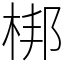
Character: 梆